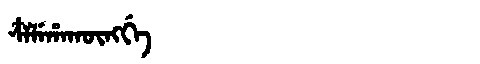
Manchu: ᠴᠶᠯᡝᡥᠠᡴᡡᠩᡤᡝ
Romanization: CYLEHAKŪNGGE